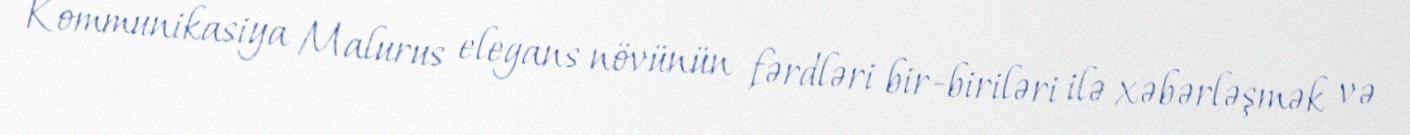
Kommunikasiya Malurus elegans növünün fərdləri bir-biriləri ilə xəbərləşmək və